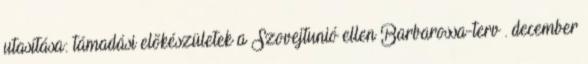
utasítása: támadási elõkészületek a Szovejtunió ellen Barbarossa-terv . december